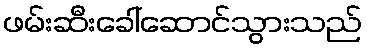
ဖမ်းဆီးခေါ်ဆောင်သွားသည်